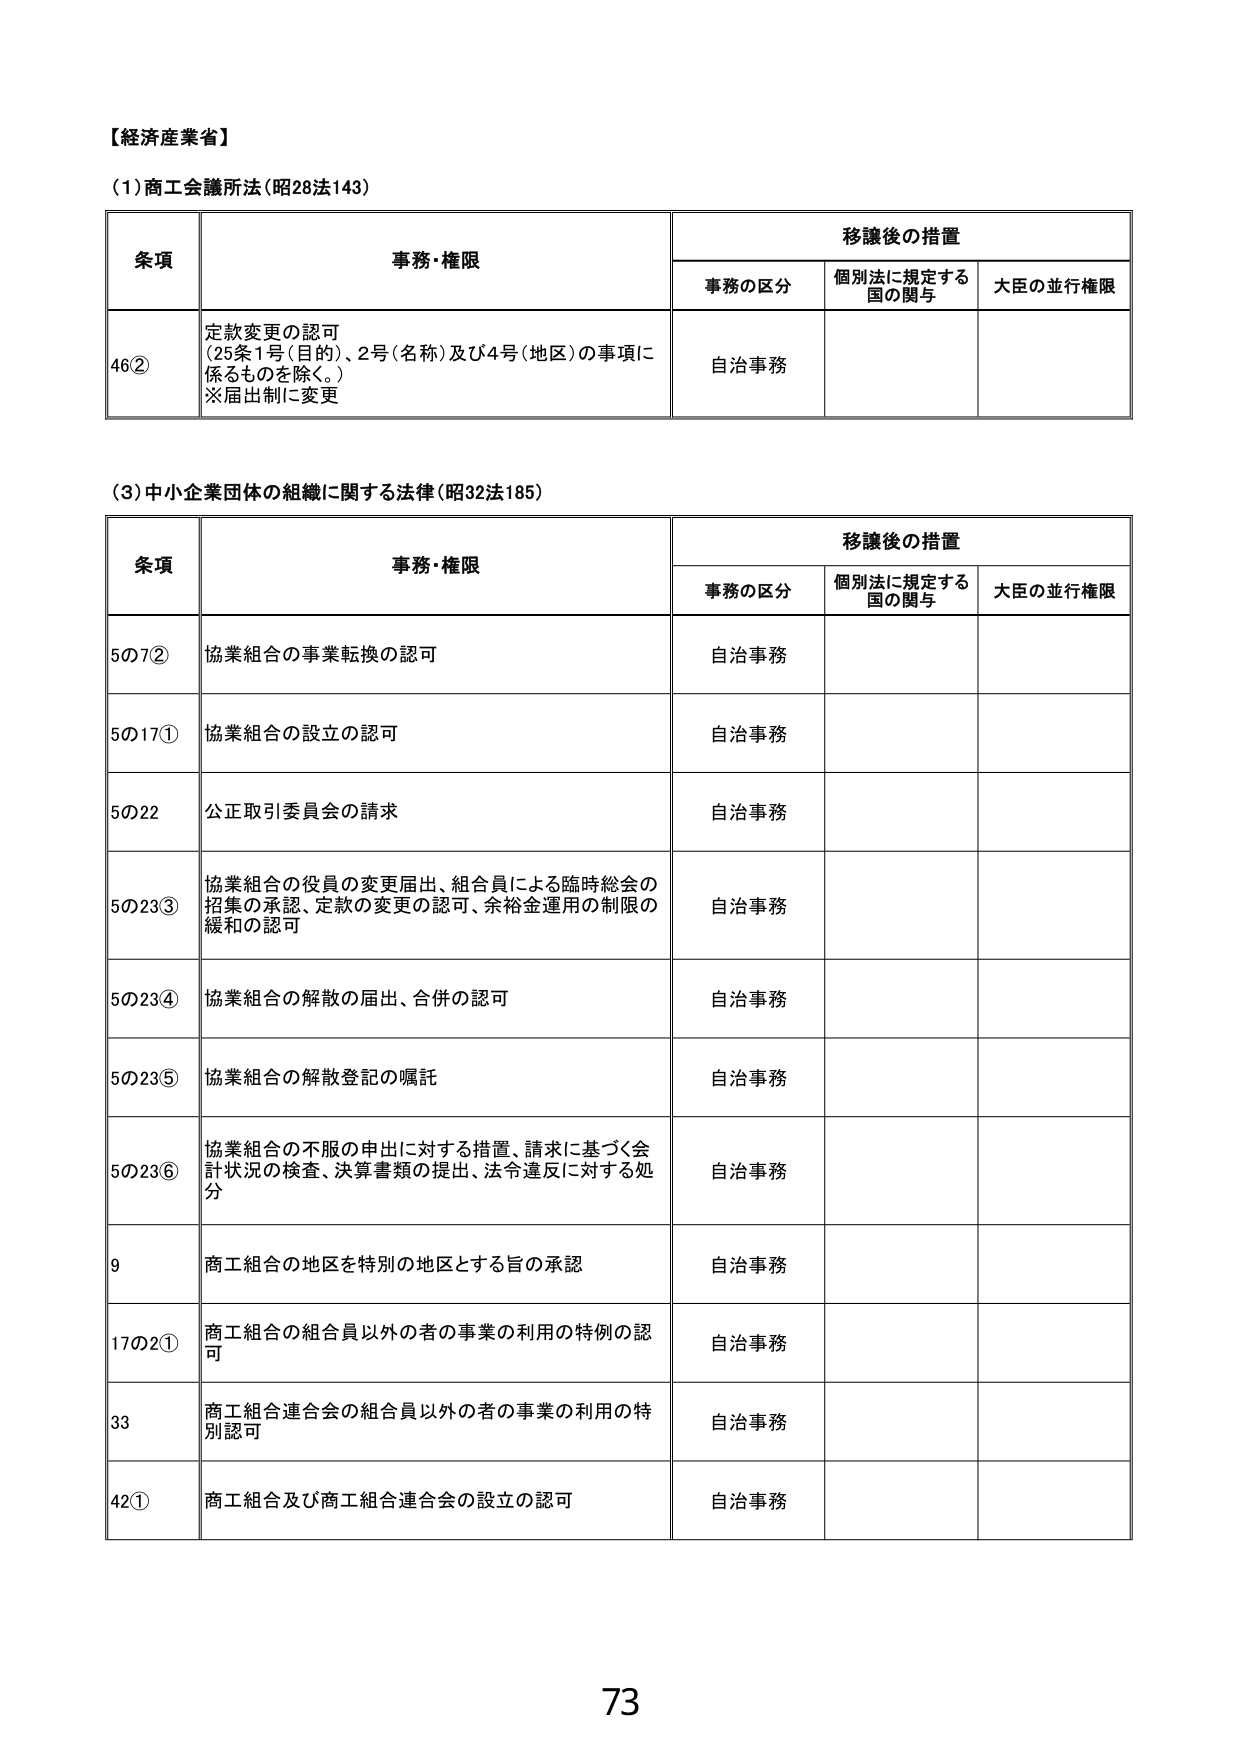
【経済産業省】

（1）商工会議所法（昭28法143）

条項